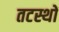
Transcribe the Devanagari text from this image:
तटस्थों